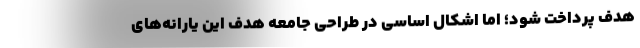
هدف پرداخت شود؛ اما اشکال اساسی در طراحی جامعه هدف این یارانه‌های